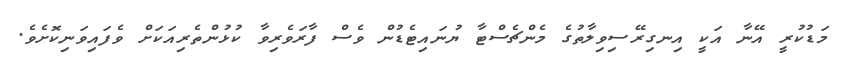
މަޑުކުރީ އޭނާ އަކީ އިނގިރޭސިވިލާތުގެ މެންޗެސްޓާ ޔުނައިޓެޑުން ވެސް ފާރަވެރިވާ ކުޅުންތެރިއަކަށް ވެފައިވަނިކޮށެވެ.